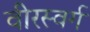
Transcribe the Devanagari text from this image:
वीरस्वर्ग